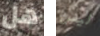
هل ليس